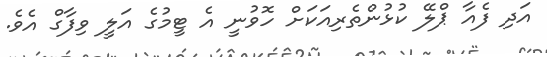
އަދި ފެއާ ޕްލޭ ކުޅުންތެރިއަކަށް ހޮވުނީ އެ ޓީމުގެ އަލީ ވިފާގް އެވެ.